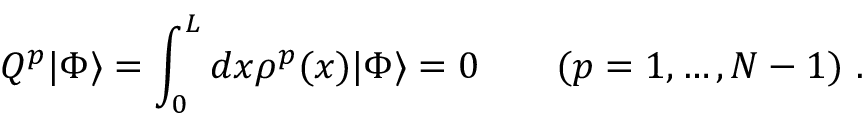
Q ^ { p } | \Phi \rangle = \int _ { 0 } ^ { L } d x \rho ^ { p } ( x ) | \Phi \rangle = 0 \quad \quad ( p = 1 , \ldots , N - 1 ) \ .